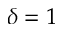
\delta = 1